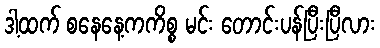
ဒါ့ထက် စနေနေ့ကကိစ္စ မင်း တောင်းပန်ပြီးပြီလား